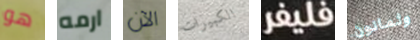
هو ارمه الآن الكبيرات فليفر وثمانون